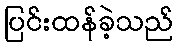
ပြင်းထန်ခဲ့သည်